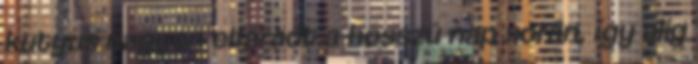
kutyus nagyon elfáradt a hosszú nap során, így alig